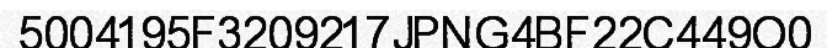
5004195F3209217JPNG4BF22C449O0